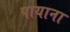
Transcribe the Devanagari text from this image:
पायाना